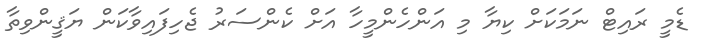
ޑެމީ ރައިޓް ނަމަކަށް ކިޔާ މި އަންހެންމީހާ އަށް ކެންސަރު ޖެހިފައިވާކަން ޔަޤީންވިތާ